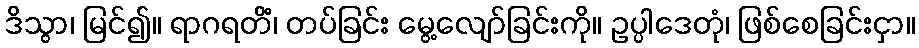
ဒိသွာ၊ မြင်၍။ ရာဂရတိံ၊ တပ်ခြင်း မွေ့လျော်ခြင်းကို။ ဥပ္ပါဒေတုံ၊ ဖြစ်စေခြင်းငှာ။